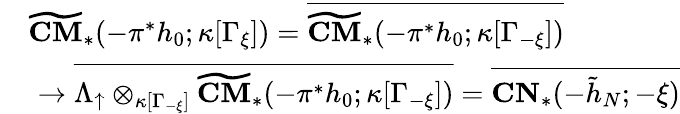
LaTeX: \begin{array}{rl}&{\widetilde{\mathbf{CM}}_{*}(-\pi^{*}h_{0};\kappa[\Gamma_{\xi}])=\overline{{\widetilde{\mathbf{CM}}_{*}(-\pi^{*}h_{0};\kappa[\Gamma_{-\xi}])}}}\\ &{\, \, \to\overline{{\Lambda_{\uparrow}\otimes_{\kappa[\Gamma_{-\xi}]}\widetilde{\mathbf{CM}}_{*}(-\pi^{*}h_{0};\kappa[\Gamma_{-\xi}])}}=\overline{{\mathbf{CN}_{*}(-\tilde{h}_{N};-\xi)}}}\end{array}